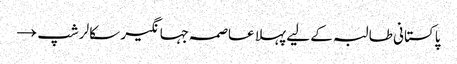
پاکستانی طالبہ کے لیے پہلا عاصمہ جہانگیر سکالرشپ →